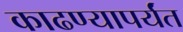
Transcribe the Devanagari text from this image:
काढण्यापर्यंत